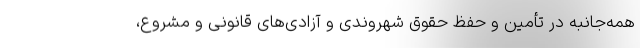
همه‌جانبه در تأمین و حفظ حقوق شهروندی و آزادی‌های قانونی و مشروع،